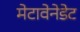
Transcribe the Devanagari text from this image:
मेटावेनेडेट